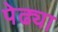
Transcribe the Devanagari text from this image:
पेढ्या